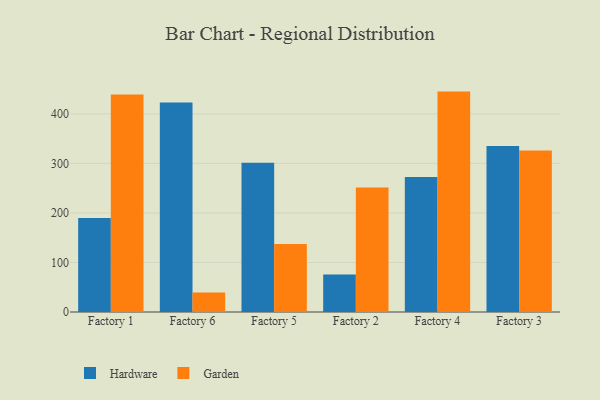
{"axis": {"x": "Factory", "y": "Market Share (%)"}, "legend": ["Garden", "Hardware"], "data": [{"x": "Factory 1", "y": 189.6, "type": "Hardware"}, {"x": "Factory 1", "y": 439.1, "type": "Garden"}, {"x": "Factory 6", "y": 422.8, "type": "Hardware"}, {"x": "Factory 6", "y": 39.3, "type": "Garden"}, {"x": "Factory 5", "y": 301.1, "type": "Hardware"}, {"x": "Factory 5", "y": 137.3, "type": "Garden"}, {"x": "Factory 2", "y": 75.9, "type": "Hardware"}, {"x": "Factory 2", "y": 251.1, "type": "Garden"}, {"x": "Factory 4", "y": 272.4, "type": "Hardware"}, {"x": "Factory 4", "y": 444.9, "type": "Garden"}, {"x": "Factory 3", "y": 335.2, "type": "Hardware"}, {"x": "Factory 3", "y": 326.2, "type": "Garden"}]}